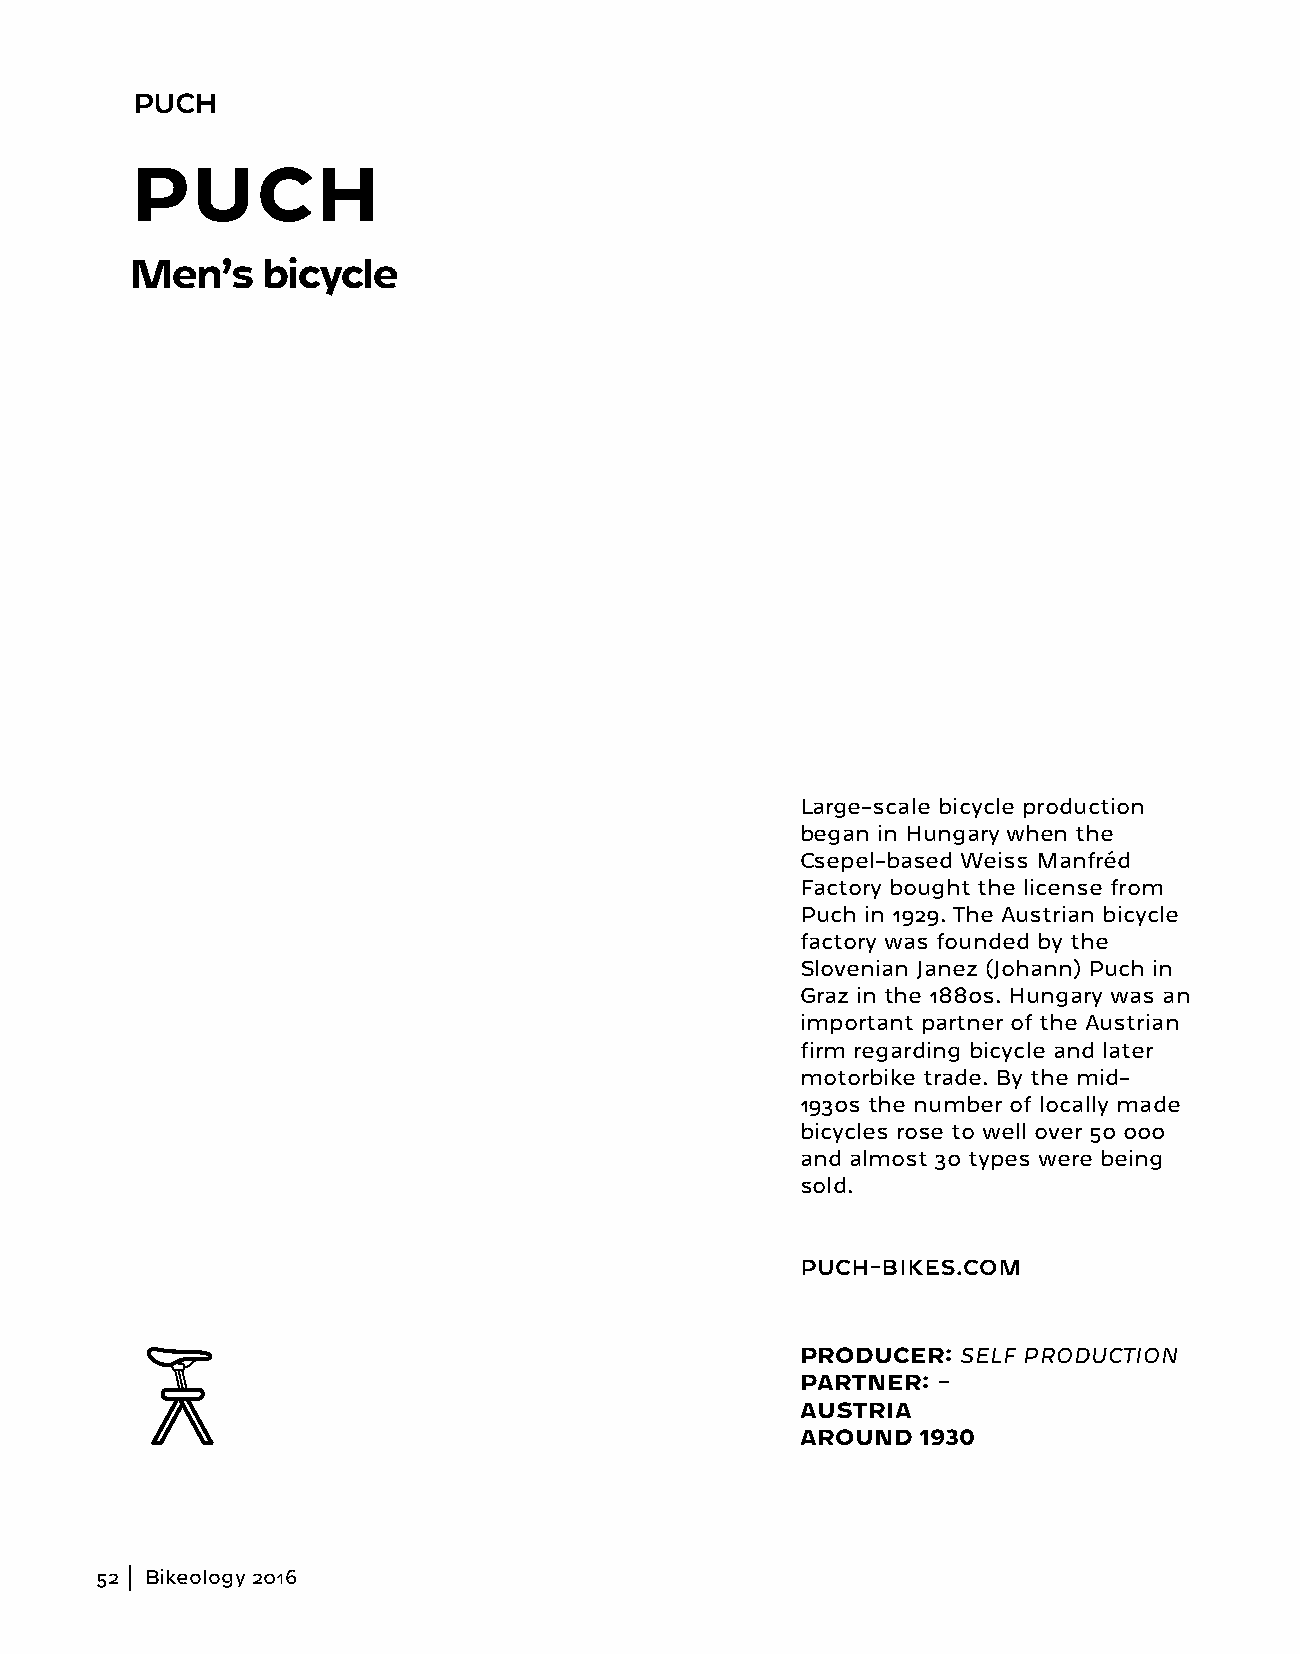
PUCH
 PUCH
 Men’s   bicycle
 Large-scale bicycle production
 began in Hungary when the
 Csepel-based Weiss Manfréd
 Factory bought the license from
 Puch in 1929. The Austrian bicycle
 factory was founded by the
 Slovenian Janez (Johann) Puch in
 Graz in the 1880s. Hungary was an
 important partner of the Austrian
 firm regarding bicycle and later
 motorbike trade. By the mid-
 1930s the number of locally made
 bicycles rose to well over 50 000
 and almost 30 types were being
 sold.
 PUCH-BIKES.COM
 PRODUCER: SELF PRODUCTION
 PARTNER: –
 AUSTRIA
 AROUND  1930
 52  Bikeology 2016